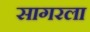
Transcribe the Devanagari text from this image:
सागरला